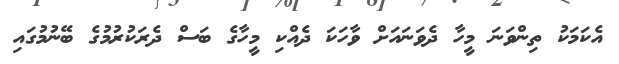
އެކަމަކު ތިންވަނަ މީހާ ދެވަނައަށް ވާހަކަ ދެއްކި މީހާގެ ބަސް ދެރަކުރުމުގެ ބޭނުމުގައި